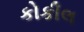
કોકીલ